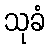
သုခံ